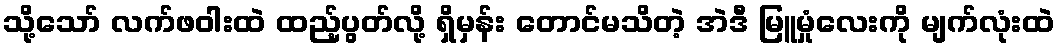
သို့သော် လက်ဖဝါးထဲ ထည့်ပွတ်လို့ ရှိမှန်း တောင်မသိတဲ့ အဲဒီ မြူမှုံလေးကို မျက်လုံးထဲ